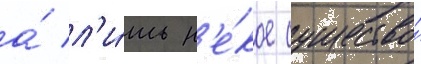
а́ л'и́шь н'е́кое существо́